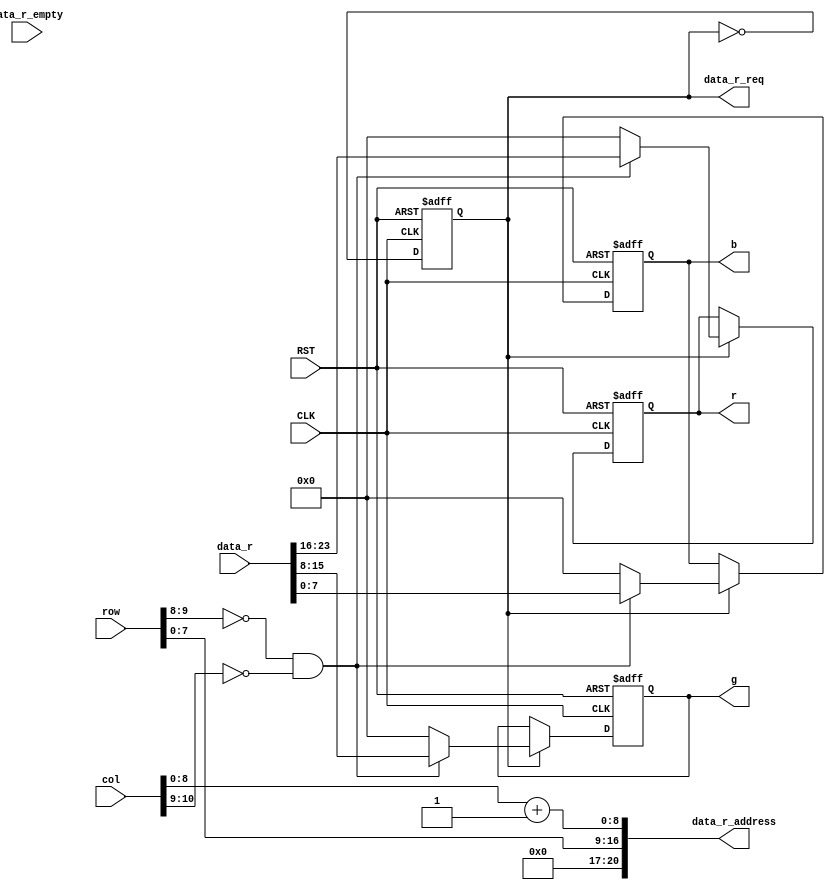

module sampler_sram_bridge
  (
   input            CLK,
   input            RST,
  
   input [10:0]     col,
   input [9:0]      row,
   output reg [7:0] r,
   output reg [7:0] g,
   output reg [7:0] b,

   output [21:1]    data_r_address,
   input [31:0]     data_r,
   input            data_r_empty,
   output           data_r_req
   );

   reg            state;
   wire [8:0]     next_col = col[8:0] + 9'd1;

   assign data_r_address = {row[7:0], next_col};
   assign data_r_req = state;

   always @(posedge CLK or negedge RST)
     begin
        if (!RST)
          state <= 1'b0;
        else
          state <= !state;
     end

   always @(posedge CLK or negedge RST)
     begin
        if (!RST) 
          {r, g, b} <= 24'h0;
        else
          if (state) begin
             if (row[9:8] == 2'd0 && col[10:9] == 2'd0) 
               {r, g, b} <= data_r[23:0];
             else
               {r, g, b} <= 24'h0;
          end
     end

endmodule // sampler_sram_bridge